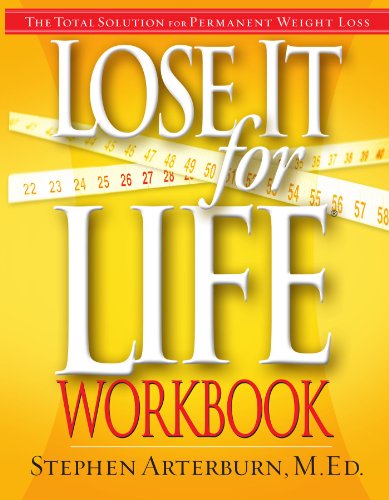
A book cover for Lose It for Life Workbook; Stephen Arterburn; Christian Books & Bibles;